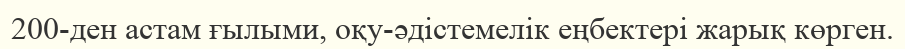
200-ден астам ғылыми, оқу-әдістемелік еңбектері жарық көрген.